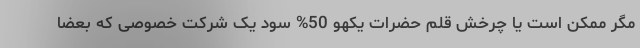
مگر ممکن است یا چرخش قلم حضرات یکهو 50% سود یک شرکت خصوصی که بعضا